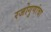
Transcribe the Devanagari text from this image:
रजोगुणांचा